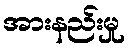
အားနည်းမှု